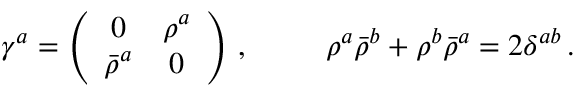
\begin{array} { c c } { { \gamma ^ { a } = \left( \begin{array} { c c } { { 0 } } & { { \rho ^ { a } } } \\ { { \bar { \rho } ^ { a } } } & { { 0 } } \end{array} \right) \, , ~ ~ ~ } } & { { ~ ~ \rho ^ { a } \bar { \rho } ^ { b } + \rho ^ { b } \bar { \rho } ^ { a } = 2 \delta ^ { a b } \, . } } \end{array}